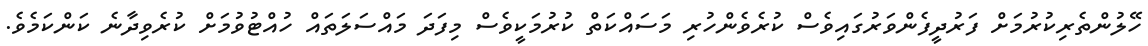
ހޭލުންތެރިކުރުމަށް ފަރުދީފެންވަރުގައިވެސް ކުރެވެންހުރި މަސައްކަތް ކުރުމަކީވެސް މިފަދަ މައްސަލަތައް ހުއްޓުވުމަށް ކުރެވިދާނެ ކަންކަމެވެ.